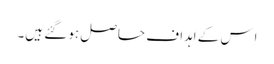
اِس کے اہداف حاصل ہو گئے ہیں۔